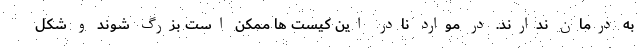
به درمان ندارند. در موارد نادر این کیست ها ممکن است بزرگ شوند و شکل